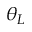
\theta _ { L }